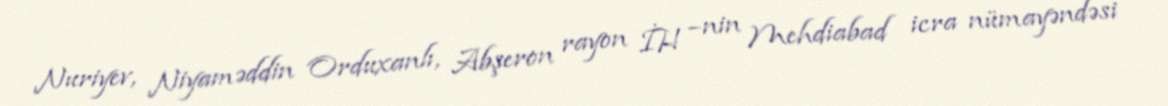
Nuriyev, Niyaməddin Orduxanlı, Abşeron rayon İH –nin Mehdiabad icra nümayəndəsi